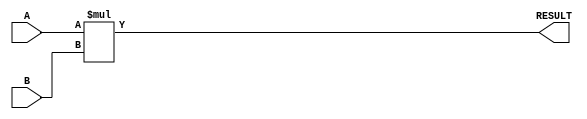
module ParameterizedMultiplier #(
    parameter WIDTH_A = 8,
    parameter WIDTH_B = 8,
    parameter WIDTH_OUT = WIDTH_A + WIDTH_B
)(
    input signed [WIDTH_A-1:0] A,
    input signed [WIDTH_B-1:0] B,
    output reg signed [WIDTH_OUT-1:0] RESULT
);

    always @(*) begin
        // Perform multiplication
        RESULT = A * B;
    end

endmodule